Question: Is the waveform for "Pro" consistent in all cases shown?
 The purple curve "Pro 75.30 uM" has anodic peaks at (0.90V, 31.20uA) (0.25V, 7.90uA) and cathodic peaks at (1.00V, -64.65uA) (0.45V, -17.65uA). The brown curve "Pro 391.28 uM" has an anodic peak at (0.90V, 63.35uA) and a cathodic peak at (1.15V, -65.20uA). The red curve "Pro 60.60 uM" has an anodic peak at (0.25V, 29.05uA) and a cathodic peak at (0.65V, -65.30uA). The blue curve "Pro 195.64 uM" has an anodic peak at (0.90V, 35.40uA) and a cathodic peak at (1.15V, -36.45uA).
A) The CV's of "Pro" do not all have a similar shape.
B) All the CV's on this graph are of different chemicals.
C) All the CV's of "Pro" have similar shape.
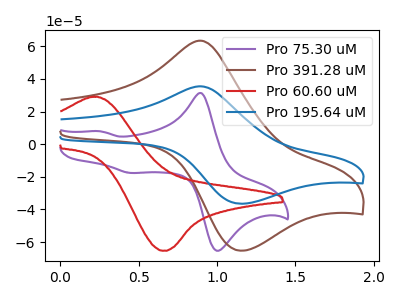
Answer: <think>"Pro 75.30 uM" and "Pro 391.28 uM" have a different number of peaks. "Pro 75.30 uM" and "Pro 60.60 uM" have a different number of peaks. "Pro 75.30 uM" and "Pro 195.64 uM" have a different number of peaks. "Pro 391.28 uM" and "Pro 60.60 uM" have at least one peak that do not match. All the peaks in "Pro 391.28 uM" have a peak in "Pro 195.64 uM" at the same potential. Every peak in "Pro 391.28 uM" is higher than every peak in "Pro 195.64 uM". "Pro 60.60 uM" and "Pro 195.64 uM" have at least one peak that do not match.
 </think>
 <answer>C) All the CV's of "Pro" have similar shape.</answer>
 <eval>C</eval>